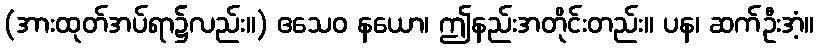
(အားထုတ်အပ်ရာ၌လည်း။) ဧသေဝ နယော၊ ဤနည်းအတိုင်းတည်း။ ပန၊ ဆက်ဦးအံ့။